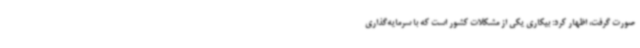
صورت گرفت، اظهار کرد: بیکاری یکی از مشکلات کشور است که با سرمایه‌گذاری